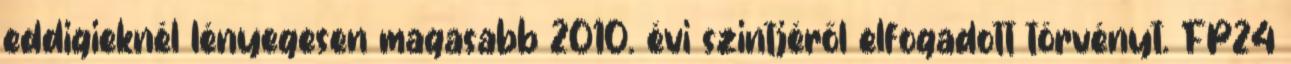
eddigieknél lényegesen magasabb 2010. évi szintjéről elfogadott törvényt. FP24